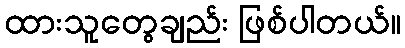
ထားသူတွေချည်း ဖြစ်ပါတယ်။